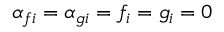
\alpha _ { f i } = \alpha _ { g i } = f _ { i } = g _ { i } = 0